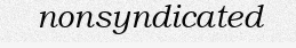
nonsyndicated